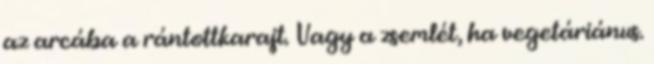
az arcába a rántottkarajt. Vagy a zsemlét, ha vegetáriánus.